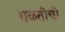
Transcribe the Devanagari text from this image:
गळतीची